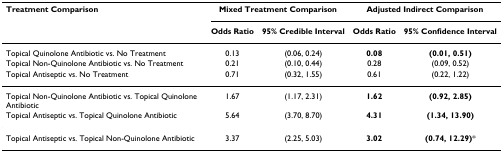
| Treatment Comparison | <COLSPAN=2> Mixed Treatment Comparison | <COLSPAN=2> Adjusted Indirect Comparison |
 |  | Odds Ratio | 95% Credible Interval | Odds Ratio | 95% Confidence Interval |
 | --- | --- | --- | --- | --- |
 | Topical Quinolone Antibiotic vs. No Treatment | 0.13 | (0.06, 0.24) | 0.08 | (0.01, 0.51) |
 | Topical Non-Quinolone Antibiotic vs. No Treatment | 0.21 | (0.10, 0.44) | 0.28 | (0.09, 0.52) |
 | Topical Antiseptic vs. No Treatment | 0.71 | (0.32, 1.55) | 0.61 | (0.22, 1.22) |
 | Topical Non-Quinolone Antibiotic vs. Topical Quinolone Antibiotic | 1.67 | (1.17, 2.31) | 1.62 | (0.92, 2.85) |
 | Topical Antiseptic vs. Topical Quinolone Antibiotic | 5.64 | (3.70, 8.70) | 4.31 | (1.34, 13.90) |
 | Topical Antiseptic vs. Topical Non-Quinolone Antibiotic | 3.37 | (2.25, 5.03) | 3.02 | (0.74, 12.29)* |